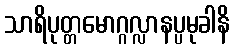
သာရိပုတ္တမောဂ္ဂလ္လာနပ္ပမုခါနိ